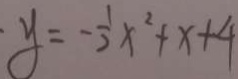
y = - \frac { 1 } { 2 } x ^ { 2 } + x + 4